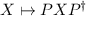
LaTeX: X \mapsto P X P ^ { \dagger }